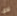
لدي